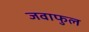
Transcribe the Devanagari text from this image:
जवाफुल